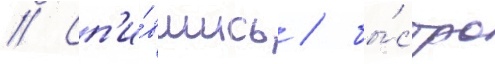
// Сп'и́вшись / бы́стро